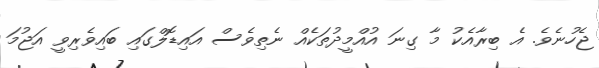
ޖެހުނެވެ. އެ ބިރާއެކު މާ ގިނަ އުއްމީދުތަކެއް ނެތިވެސް އައިޑޮލްގައި ބައިވެރިވީ އަޖުމަ